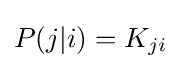
P(j|i)=K_{ji}